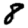
Digit: 8